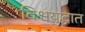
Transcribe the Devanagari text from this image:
विश्वयुद्धात